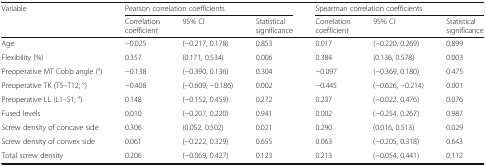
<table><thead><tr><td rowspan="2"><b>Variable</b></td><td colspan="3"><b>Pearson correlation coefficients</b></td><td colspan="3"><b>Spearman correlation coefficients</b></td></tr><tr><td><b>Correlationcoefficient</b></td><td><b>95% CI</b></td><td><b>Statisticalsignificance</b></td><td><b>Correlationcoefficient</b></td><td><b>95% CI</b></td><td><b>Statisticalsignificance</b></td></tr></thead><tbody><tr><td>Age</td><td>−0.025</td><td>(−0.217, 0.178)</td><td>0.853</td><td>0.017</td><td>(−0.220, 0.269)</td><td>0.899</td></tr><tr><td>Flexibility (%)</td><td>0.357</td><td>(0.171, 0.534)</td><td>0.006</td><td>0.384</td><td>(0.136, 0.578)</td><td>0.003</td></tr><tr><td>Preoperative MT Cobb angle (°)</td><td>−0.138</td><td>(−0.390, 0.136)</td><td>0.304</td><td>−0.097</td><td>(−0.369, 0.180)</td><td>0.475</td></tr><tr><td>Preoperative TK (T5–T12; °)</td><td>−0.408</td><td>(−0.609, −0.186)</td><td>0.002</td><td>−0.445</td><td>(−0.626, −0.214)</td><td>0.001</td></tr><tr><td>Preoperative LL (L1–S1; °)</td><td>0.148</td><td>(−0.152, 0.459)</td><td>0.272</td><td>0.237</td><td>(−0.022, 0.476)</td><td>0.076</td></tr><tr><td>Fused levels</td><td>0.010</td><td>(−0.207, 0.220)</td><td>0.941</td><td>0.002</td><td>(−0.254, 0.267)</td><td>0.987</td></tr><tr><td>Screw density of concave side</td><td>0.306</td><td>(0.052, 0.502)</td><td>0.021</td><td>0.290</td><td>(0.016, 0.513)</td><td>0.029</td></tr><tr><td>Screw density of convex side</td><td>0.061</td><td>(−0.222, 0.329)</td><td>0.655</td><td>0.063</td><td>(−0.205, 0.318)</td><td>0.643</td></tr><tr><td>Total screw density</td><td>0.206</td><td>(−0.069, 0.427)</td><td>0.123</td><td>0.213</td><td>(−0.054, 0.441)</td><td>0.112</td></tr></tbody></table>